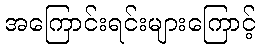
အကြောင်းရင်းများကြောင့်